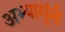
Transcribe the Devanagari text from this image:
अभ्यासूंनी